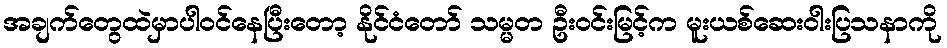
အချက်တွေထဲမှာပါဝင်နေပြီးတော့ နိုင်ငံတော် သမ္မတ ဦးဝင်းမြင့်က မူးယစ်ဆေးဝါးပြသနာကို